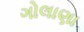
ગોલાણા